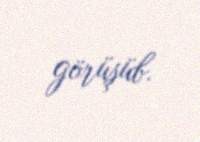
görüşüb.